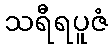
သရီရပူဇံ